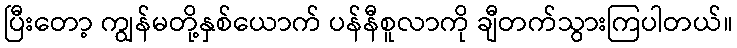
ပြီးတော့ ကျွန်မတို့နှစ်ယောက် ပန်နီစူလာကို ချီတက်သွားကြပါတယ်။